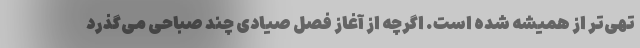
تهی‌تر از همیشه شده است. اگرچه از آغاز فصل صیادی چند صباحی می‌گذرد